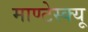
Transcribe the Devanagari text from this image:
माण्टेस्क्यू